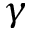
\gamma